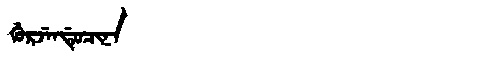
Manchu: ᡤᡠᡵᠵᡝᠨᡩᡠᠴᡳᠨᠠ
Romanization: GURJENDUCINA